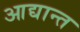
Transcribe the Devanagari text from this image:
आद्यान्त